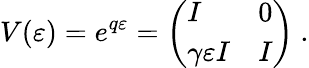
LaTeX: V(\varepsilon)=e^{q\varepsilon}=\left(\begin{array}{ll}{{I}}&{{0}}\\ {{\gamma\varepsilon I}}&{{I}}\end{array}\right)~.